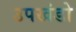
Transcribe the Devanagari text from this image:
उपखंडो